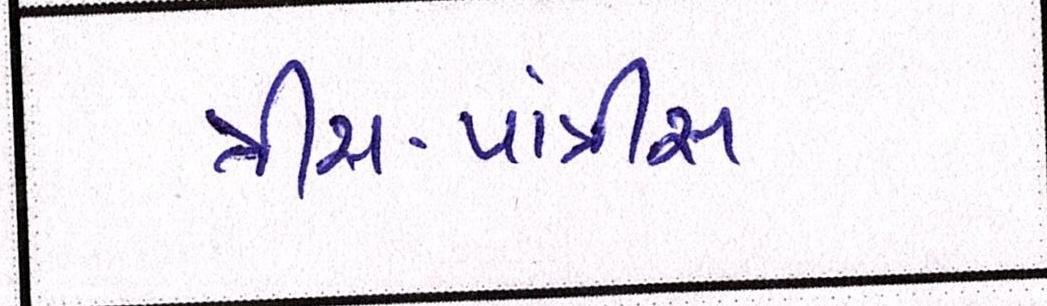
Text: ત્રીસ-પાંત્રીસ